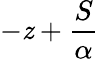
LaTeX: -\mathit{z}+\frac{{S}}{{\alpha}}